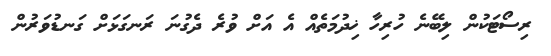
ރިސޯޓަކުން ލިބޭނެ ހުރިހާ ޚިދުމަތެއް އެ އަށް ވުރެ ދެގުނަ ރަނގަޅަށް ގަނޑުވަރުން